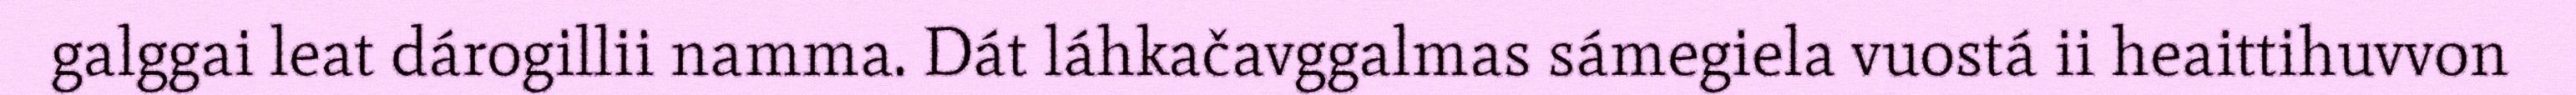
galggai leat dárogillii namma. Dát láhkačavggalmas sámegiela vuostá ii heaittihuvvon